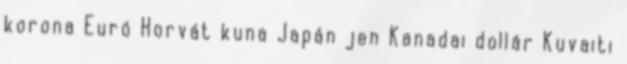
korona Euró Horvát kuna Japán jen Kanadai dollár Kuvaiti